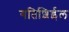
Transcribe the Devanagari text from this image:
गतिशिईल